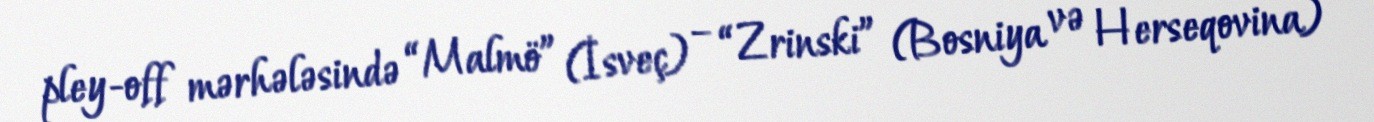
pley-off mərhələsində “Malmö” (İsveç) – “Zrinski” (Bosniya və Herseqovina)